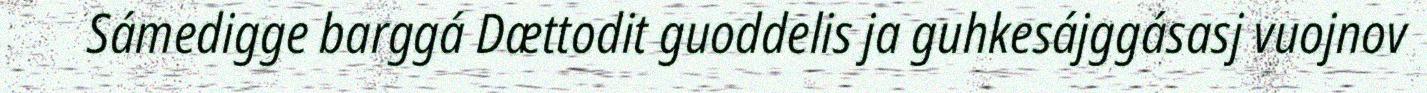
Sámedigge barggá Dættodit guoddelis ja guhkesájggásasj vuojnov